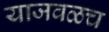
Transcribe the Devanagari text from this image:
याजवळच